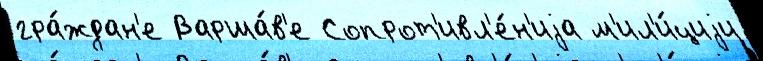
гра́ждан'е Варша́в'е Сопрот'ивл'е́н'иjа м'ил'и́циjи